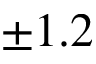
\pm 1 . 2